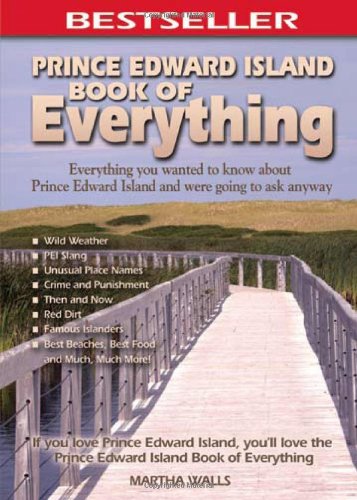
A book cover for Prince Edward Island Book of Everything: Everything You Wanted to Know About PEI and Were Going to Ask Anyway; Martha Walls; Travel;